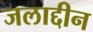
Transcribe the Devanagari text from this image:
जलाद्दीन